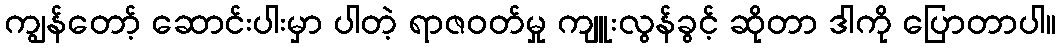
ကျွန်တော့် ဆောင်းပါးမှာ ပါတဲ့ ရာဇဝတ်မှု ကျူးလွန်ခွင့် ဆိုတာ ဒါကို ပြောတာပါ။